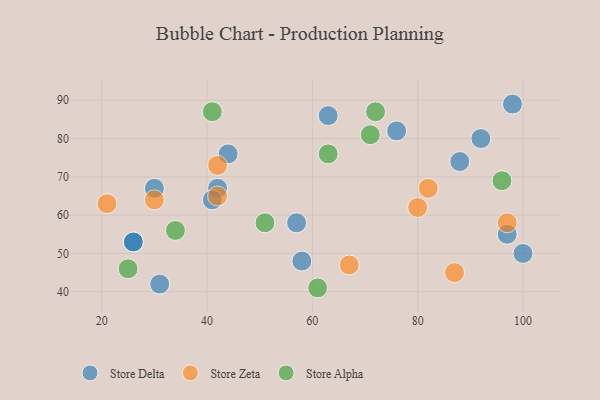
{"axis": {"x": "GDP", "y": "Life Expectancy"}, "legend": ["Store Alpha", "Store Delta", "Store Zeta"], "data": [{"x": "42", "y": 67, "type": "Store Delta"}, {"x": "88", "y": 74, "type": "Store Delta"}, {"x": "31", "y": 42, "type": "Store Delta"}, {"x": "44", "y": 76, "type": "Store Delta"}, {"x": "57", "y": 58, "type": "Store Delta"}, {"x": "30", "y": 67, "type": "Store Delta"}, {"x": "100", "y": 50, "type": "Store Delta"}, {"x": "97", "y": 55, "type": "Store Delta"}, {"x": "76", "y": 82, "type": "Store Delta"}, {"x": "41", "y": 64, "type": "Store Delta"}, {"x": "58", "y": 48, "type": "Store Delta"}, {"x": "92", "y": 80, "type": "Store Delta"}, {"x": "98", "y": 89, "type": "Store Delta"}, {"x": "26", "y": 53, "type": "Store Delta"}, {"x": "63", "y": 86, "type": "Store Delta"}, {"x": "26", "y": 53, "type": "Store Delta"}, {"x": "21", "y": 63, "type": "Store Zeta"}, {"x": "67", "y": 47, "type": "Store Zeta"}, {"x": "82", "y": 67, "type": "Store Zeta"}, {"x": "97", "y": 58, "type": "Store Zeta"}, {"x": "80", "y": 62, "type": "Store Zeta"}, {"x": "30", "y": 64, "type": "Store Zeta"}, {"x": "87", "y": 45, "type": "Store Zeta"}, {"x": "42", "y": 73, "type": "Store Zeta"}, {"x": "42", "y": 65, "type": "Store Zeta"}, {"x": "72", "y": 87, "type": "Store Alpha"}, {"x": "25", "y": 46, "type": "Store Alpha"}, {"x": "63", "y": 76, "type": "Store Alpha"}, {"x": "61", "y": 41, "type": "Store Alpha"}, {"x": "34", "y": 56, "type": "Store Alpha"}, {"x": "71", "y": 81, "type": "Store Alpha"}, {"x": "51", "y": 58, "type": "Store Alpha"}, {"x": "96", "y": 69, "type": "Store Alpha"}, {"x": "41", "y": 87, "type": "Store Alpha"}]}